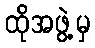
ထိုအဖွဲ့မှ